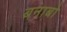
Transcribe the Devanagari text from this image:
बनाबो